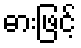
ဓားဖြင့်